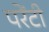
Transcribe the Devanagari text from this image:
परेंटी